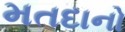
મતદાનો